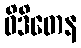
ဝိဒိတေန